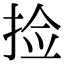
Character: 捡